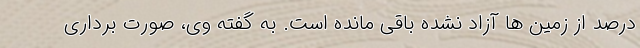
درصد از زمین ها آزاد نشده باقی مانده است. به گفته وی، صورت برداری